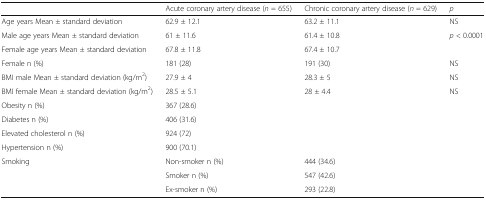
<table><thead><tr><td></td><td><b>Acute coronary artery disease (<i>n</i> = 655)</b></td><td><b>Chronic coronary artery disease (<i>n</i> = 629)</b></td><td><b><i>p</i></b></td></tr></thead><tbody><tr><td>Age years Mean ± standard deviation</td><td>62.9 ± 12.1</td><td>63.2 ± 11.1</td><td>NS</td></tr><tr><td>Male age years Mean ± standard deviation</td><td>61 ± 11.6</td><td>61.4 ± 10.8</td><td rowspan="2"><i>p</i> &lt; 0.0001</td></tr><tr><td>Female age years Mean ± standard deviation</td><td>67.8 ± 11.8</td><td>67.4 ± 10.7</td></tr><tr><td>Female n (%)</td><td>181 (28)</td><td>191 (30)</td><td>NS</td></tr><tr><td>BMI male Mean ± standard deviation (kg/m<sup>2</sup>)</td><td>27.9 ± 4</td><td>28.3 ± 5</td><td>NS</td></tr><tr><td>BMI female Mean ± standard deviation (kg/m<sup>2</sup>)</td><td>28.5 ± 5.1</td><td>28 ± 4.4</td><td>NS</td></tr><tr><td>Obesity n (%)</td><td colspan="3">367 (28.6)</td></tr><tr><td>Diabetes n (%)</td><td colspan="3">406 (31.6)</td></tr><tr><td>Elevated cholesterol n (%)</td><td colspan="3">924 (72)</td></tr><tr><td>Hypertension n (%)</td><td colspan="3">900 (70.1)</td></tr><tr><td rowspan="3">Smoking</td><td>Non-smoker n (%)</td><td colspan="2">444 (34.6)</td></tr><tr><td>Smoker n (%)</td><td colspan="2">547 (42.6)</td></tr><tr><td>Ex-smoker n (%)</td><td colspan="2">293 (22.8)</td></tr></tbody></table>